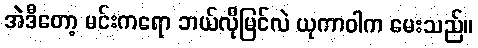
အဲဒီတော့ မင်းကရော ဘယ်လိုမြင်လဲ ယုကာဝါက မေးသည်။